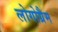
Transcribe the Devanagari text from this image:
लोगोग्रैम